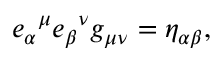
{ e _ { \alpha } } ^ { \mu } { e _ { \beta } } ^ { \nu } g _ { \mu \nu } = \eta _ { \alpha \beta } ,